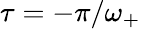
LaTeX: \tau=-\pi/\omega_{+}